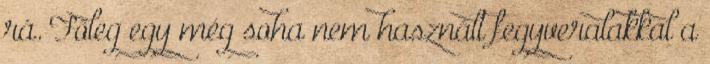
rá. Főleg egy még soha nem használt fegyveralakkal a